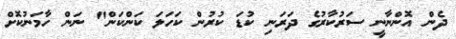
ދެން އޮންނާނީ ސަރުކާރުގެ ދަރަނި ކުޑަ ކުރުން ކަހަލަ ކަންކަން" ނަން ހާމަނުކޮށް